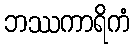
ဘဿကာရိကံ